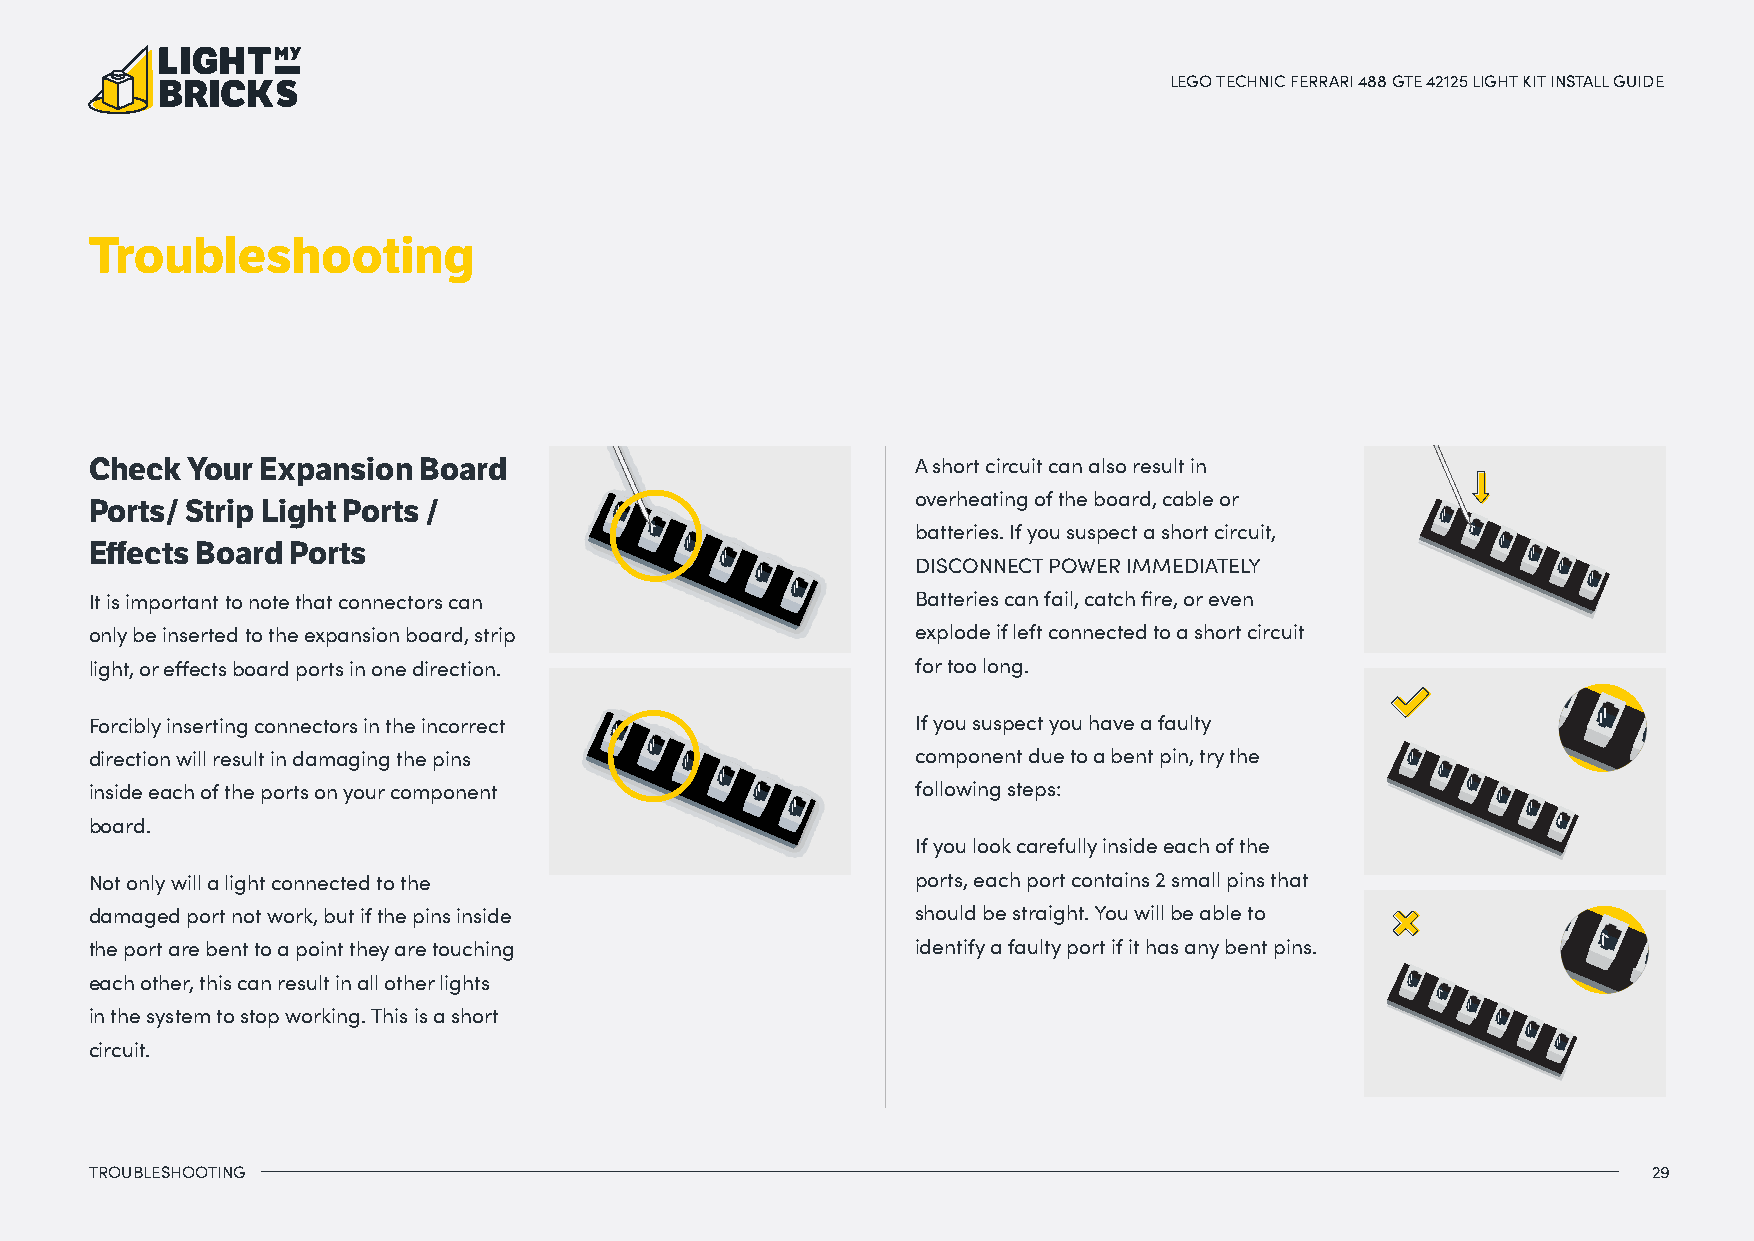
LEGO TECHNIC FERRARI 488 GTE 42125 LIGHT KIT INSTALL GUIDE
 Troubleshooting
 Check Your Expansion  Board                            A short circuit can also result in
 overheating of the board, cable or
 Ports/ Strip Light Ports /
 batteries. If you suspect a short circuit,
 Effects Board Ports
 DISCONNECT POWER IMMEDIATELY
 It is important to note that connectors can            Batteries can fail, catch fire, or even
 only be inserted to the expansion board, strip         explode if left connected to a short circuit
 light, or effects board ports in one direction.        for too long.
 Forcibly inserting connectors in the incorrect         If you suspect you have a faulty
 direction will result in damaging the pins             component due to a bent pin, try the
 inside each of the ports on your component             following steps:
 board.
 If you look carefully inside each of the
 Not only will a light connected to the                 ports, each port contains 2 small pins that
 damaged port not work, but if the pins inside          should be straight. You will be able to
 the port are bent to a point they are touching         identify a faulty port if it has any bent pins.
 each other, this can result in all other lights
 in the system to stop working. This is a short
 circuit.
 TROUBLESHOOTING                                                                                        29